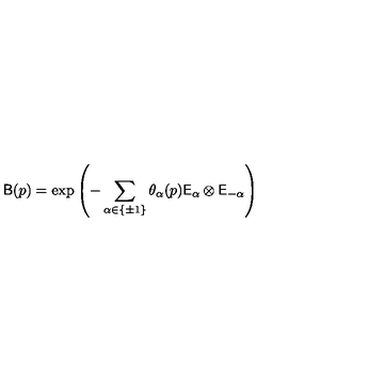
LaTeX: \mathsf { B } ( p ) = \exp \left( - \sum _ { \alpha \in \{ \pm 1 \} } \theta _ { \alpha } ( p ) \mathsf { E } _ { \alpha } \otimes \mathsf { E } _ { - \alpha } \right)